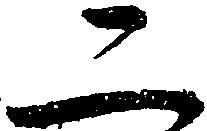
二